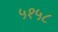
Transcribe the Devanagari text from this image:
५१५८